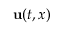
\mathbf { u } ( t , x )